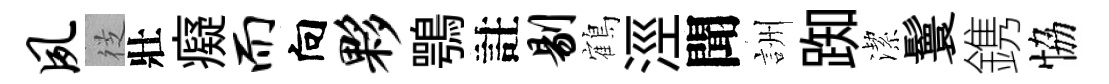
夙徔壯癡而向夥鶚註剔鶴涇聞詶踟潔鬟鎸恊